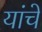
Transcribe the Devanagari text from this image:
यांंचे